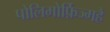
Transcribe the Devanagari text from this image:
पोलिमोर्फ़िज्महै